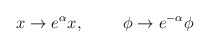
\begin{align*}x \rightarrow e^\alpha x, \hspace{1cm} \phi \rightarrow e^{- \alpha} \phi\end{align*}